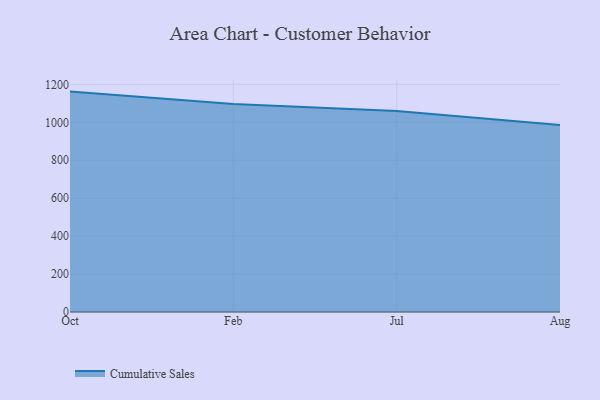
{"axis": {"x": "Month", "y": "Budget (USD K)"}, "legend": ["Cumulative Sales"], "data": [{"x": "Oct", "y": 1162.2, "type": "Cumulative Sales"}, {"x": "Feb", "y": 1096.6, "type": "Cumulative Sales"}, {"x": "Jul", "y": 1060.5, "type": "Cumulative Sales"}, {"x": "Aug", "y": 986.3, "type": "Cumulative Sales"}]}